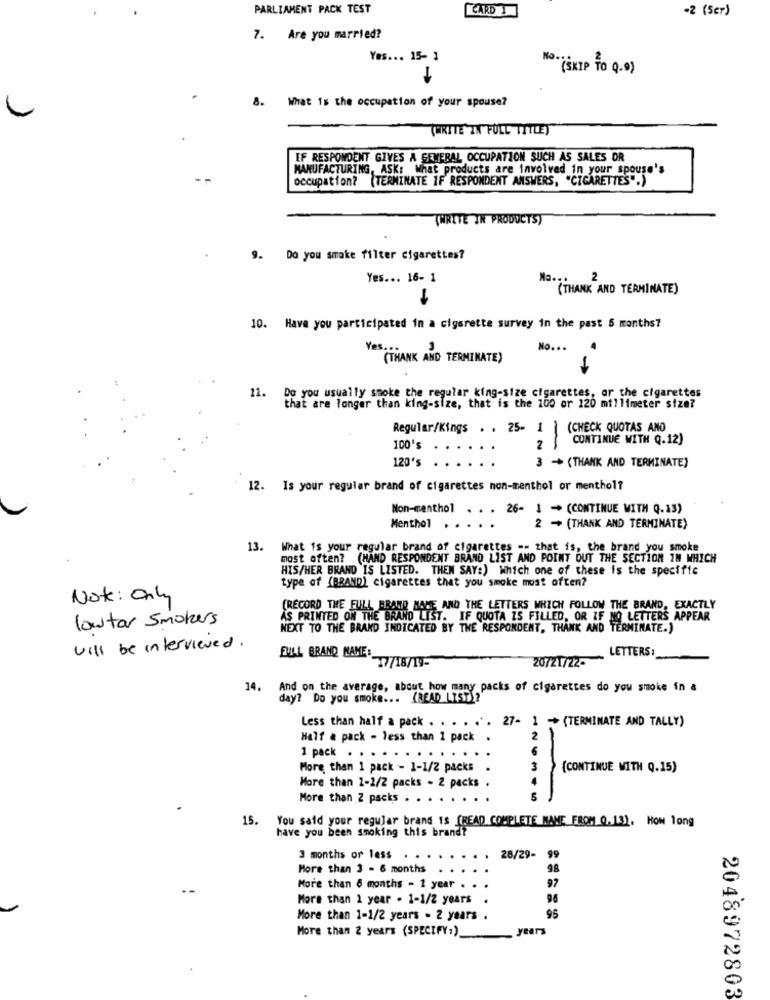
PARLIAMENT PACK TEST
CARD
-2 (Scr)
7. Are you married?
Yes ... 15- 1
NO . (SKIP TO Q.0)
8.
What is the occupation of your spouse?
THRITE IN FULL TITLEY
EF RESPONDENT GIVES A GENERAL OCCUPATION SUCH AS SALES OR
MANUFACTURING, ASK: What products are Involved in your spouse's
occupation? (TERMINATE IF RESPONDENT ANSWERS, "CIGARETTES".)
(WRITE IN PRODUCTS)
9. Do you smake filter cigarettes?
Yes ... 16- 1
Na ...
2
(THANK AND TERMINATE)
10. Have you participated in a cigarette survey in the past 6 months?
No ...
(THANK AND TERMINATE)
11. Do you usually smoke the regular king-size cigarettes, or the cigarettes
that are longer than king-size, that is the 100 or 120 millimeter size?
Regular/Kings . . 25- 1 | (CHECK QUOTAS ANO
CONTINUE WITH Q.12)
100's
2
120's
3 - (THANK AND TERMINATE)
12. Is your regular brand of cigarettes non-menthol or menthol?
Non-menthol
. . . 26- 1 - (CONTINUE WITH Q.13)
Menthol
2 + (THANK AND TERMINATE)
13.
What is your regular brand of cigarettes -- that is, the brand you smoke
most often? (HAND RESPONDENT BRAND LIST AND POINT OUT THE SECTION IN WHICH
HIS/HER BRAND IS LISTED. THEN SAY:) Which one of these is the specific
type of (BRAND) cigarettes that you smoke most often?
Note: Only
(RECORD THE FULL BRAND NAME AND THE LETTERS WHICH FOLLOW THE BRAND, EXACTLY
lowtar Smokers
AS PRINTED ON THE BRAND
BRAND LIST. IF QUOTA IS FILLED, OR IF NO LETTERS APPEAR
NEXT TO THE BRAND INDICATED BY THE RESPONDENT, THANK AND TERMINATE.)
will be interviewed.
FULL BRAND NAME:
20721/22-
LETTERS :
77/18/19-
14.
And on the average, about how many packs of cigarettes do you smoke in a
day? Do you smoke ... (READ LIST)?"
Less than half a pack . . . . .. 27- 1 - (TERMINATE AND TALLY)
Half a pack - less than 1 pack
1 pack . ... ....
..
More than 1 pack - 1-1/2 packs
(CONTINUE WITH Q.15)
More than 2-1/2 packs - 2 packs .
More than 2 packs . . .
15.
You said your regular brand is (READ COMPLETE NAME FROM 0.13). How long
have you been smoking this brand?
3 months or less
28/29- 99
More than 3 - 6 months
98
More than 6 months - 1 year .
97
More than 1 year . 1-1/2 years
96
More than 1-1/2 years - 2 years .
95
More than 2 years (SPECIFY:)
years
2048972803